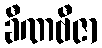
ခီဏဗီဇာ